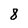
Character: 8